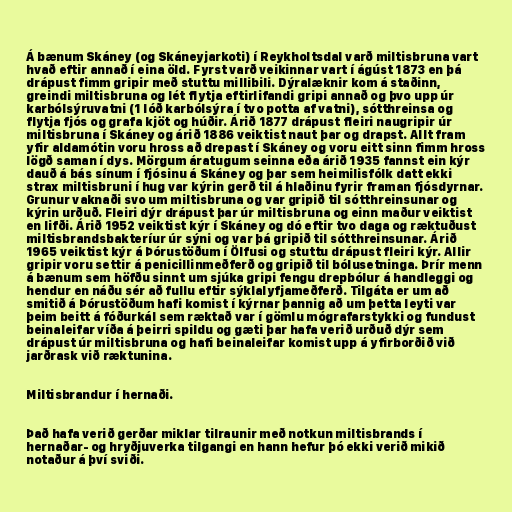
Á bænum Skáney (og Skáneyjarkoti) í Reykholtsdal varð miltisbruna vart
hvað eftir annað í eina öld. Fyrst varð veikinnar vart í ágúst 1873 en þá
drápust fimm gripir með stuttu millibili. Dýralæknir kom á staðinn,
greindi miltisbruna og lét flytja eftirlifandi gripi annað og þvo upp úr
karbólsýruvatni (1 lóð karbólsýra í tvo potta af vatni), sótthreinsa og
flytja fjós og grafa kjöt og húðir. Árið 1877 drápust fleiri naugripir úr
miltisbruna í Skáney og árið 1886 veiktist naut þar og drapst. Allt fram
yfir aldamótin voru hross að drepast í Skáney og voru eitt sinn fimm hross
lögð saman í dys. Mörgum áratugum seinna eða árið 1935 fannst ein kýr
dauð á bás sínum í fjósinu á Skáney og þar sem heimilisfólk datt ekki
strax miltisbruni í hug var kýrin gerð til á hlaðinu fyrir framan fjósdyrnar.
Grunur vaknaði svo um miltisbruna og var gripið til sótthreinsunar og
kýrin urðuð. Fleiri dýr drápust þar úr miltisbruna og einn maður veiktist
en lifði. Árið 1952 veiktist kýr í Skáney og dó eftir tvo daga og ræktuðust
miltisbrandsbakteríur úr sýni og var þá gripið til sótthreinsunar. Árið
1965 veiktist kýr á Þórustöðum í Ölfusi og stuttu drápust fleiri kýr. Allir
gripir voru settir á penicillinmeðferð og gripið til bólusetninga. Þrír menn
á bænum sem höfðu sinnt um sjúka gripi fengu drepbólur á handleggi og
hendur en náðu sér að fullu eftir sýklalyfjameðferð. Tilgáta er um að
smitið á Þórustöðum hafi komist í kýrnar þannig að um þetta leyti var
þeim beitt á fóðurkál sem ræktað var í gömlu mógrafarstykki og fundust
beinaleifar víða á þeirri spildu og gæti þar hafa verið urðuð dýr sem
drápust úr miltisbruna og hafi beinaleifar komist upp á yfirborðið við
jarðrask við ræktunina.

Miltisbrandur í hernaði.

Það hafa verið gerðar miklar tilraunir með notkun miltisbrands í
hernaðar- og hryðjuverka tilgangi en hann hefur þó ekki verið mikið
notaður á því sviði.